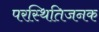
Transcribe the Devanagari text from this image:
परस्थितिजनक